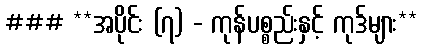
### **အပိုင်း (၇) - ကုန်ပစ္စည်းနှင့် ကုဒ်များ**